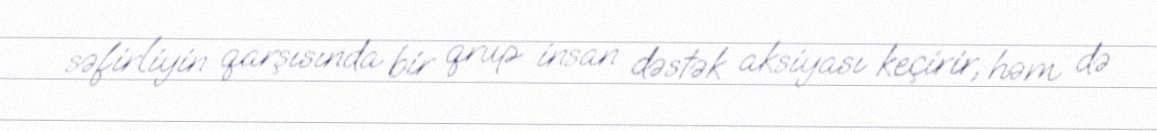
səfirliyin qarşısında bir qrup insan dəstək aksiyası keçirir, həm də